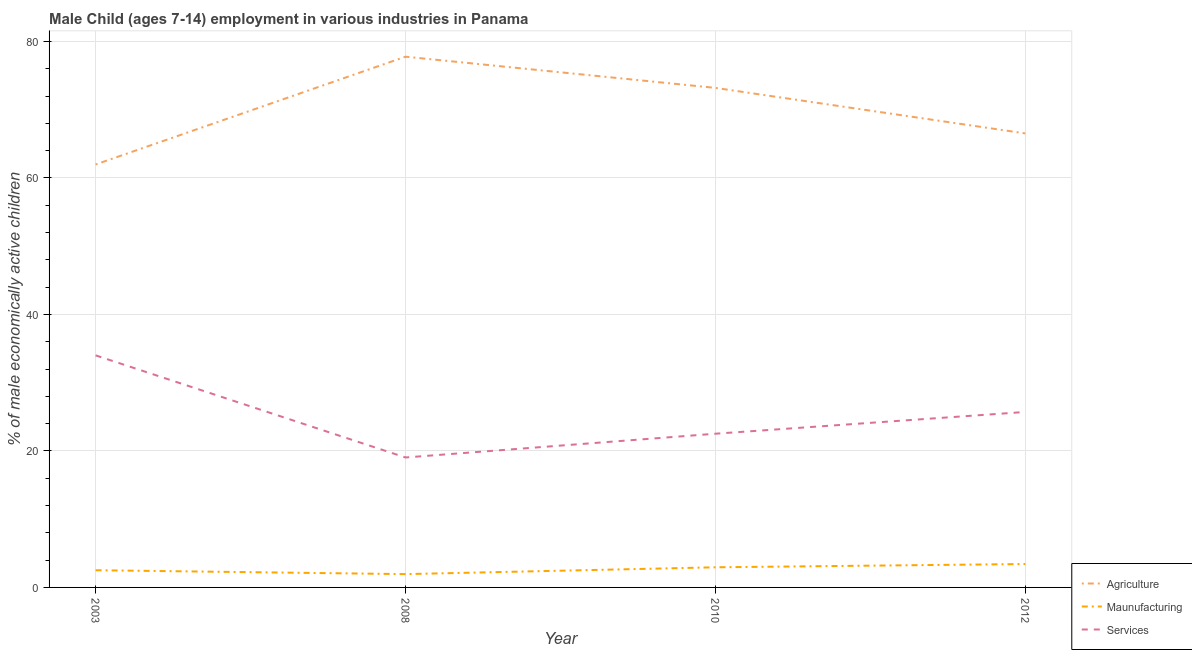
| Year | Agriculture | Maunufacturing | Services |
 | --- | --- | --- | --- |
 | 2003 | 62 | 2.52 | 34 |
 | 2008 | 77.8 | 1.95 | 19 |
 | 2010 | 73.2 | 2.95 | 22.5 |
 | 2012 | 66.5 | 3.43 | 25.7 |